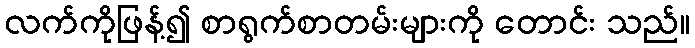
လက်ကိုဖြန့်၍ စာရွက်စာတမ်းများကို တောင်း သည်။